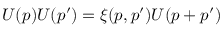
U ( p ) U ( p ^ { \prime } ) = \xi ( p , p ^ { \prime } ) U ( p + p ^ { \prime } )